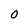
Character: 0